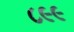
૮૯૯